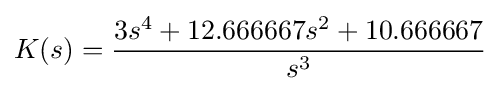
{\begin{aligned}K(s)&={\frac {3s^{4}+12.666667s^{2}+10.666667}{s^{3}}}\\\end{aligned}}